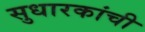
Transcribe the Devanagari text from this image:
सुधारकांची